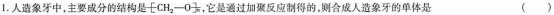
1.人造象牙中，主要成分的结构是[-CH_{2}-O-]，它是通过加聚反应制得的，则合成人造象牙的单体是 ()